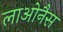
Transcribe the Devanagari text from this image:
लाओनैस